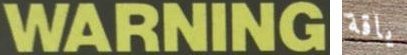
WARNING ياقة